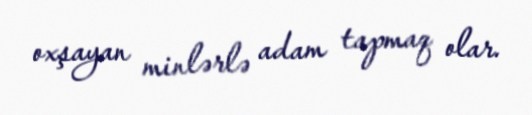
oxşayan minlərlə adam tapmaq olar.